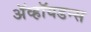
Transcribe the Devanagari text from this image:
ॲव्हॉयडन्स